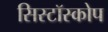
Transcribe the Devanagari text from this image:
सिस्टॉस्कोप